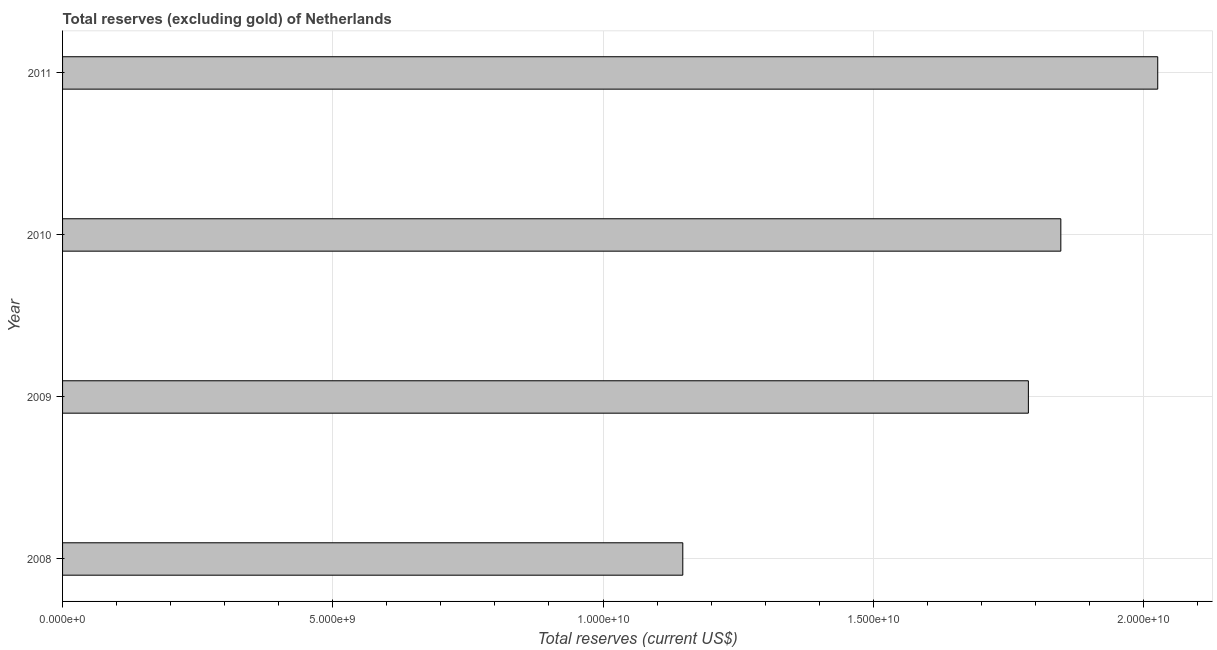
| Year | Total reserves minus gold (current US$) |
 | --- | --- |
 | 2008 | 1.15e+10 |
 | 2009 | 1.79e+10 |
 | 2010 | 1.85e+10 |
 | 2011 | 2.03e+10 |